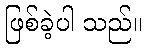
ဖြစ်ခဲ့ပါ သည်။